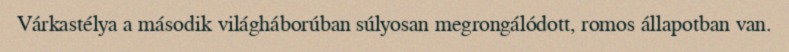
Várkastélya a második világháborúban súlyosan megrongálódott, romos állapotban van.